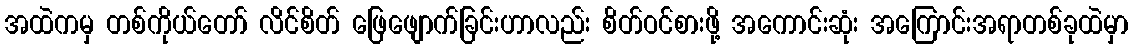
အထဲကမှ တစ်ကိုယ်တော် လိင်စိတ် ဖြေဖျောက်ခြင်းဟာလည်း စိတ်ဝင်စားဖို့ အကောင်းဆုံး အကြောင်းအရာတစ်ခုထဲမှာ